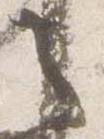
之